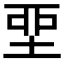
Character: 𡋲